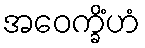
အဝေက္ခိံဟံ